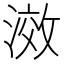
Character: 滧